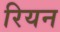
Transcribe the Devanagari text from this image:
रियन